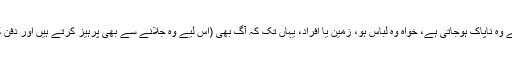
ان کے مطابق مردہ جسم جس شے کو بھی چھو جائے وہ ناپاک ہوجاتی ہے، خواہ وہ لباس ہو، زمین یا افراد، یہاں تک کہ آگ بھی (اس لیے وہ جلانے سے بھی پرہیز کرتے ہیں اور دفن کرنے یا پانی میں بہانے سے بھی گریز کرتے ہیں)۔